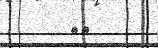
٥١